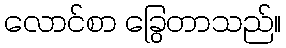
လောင်စာ ခြွေတာသည်။